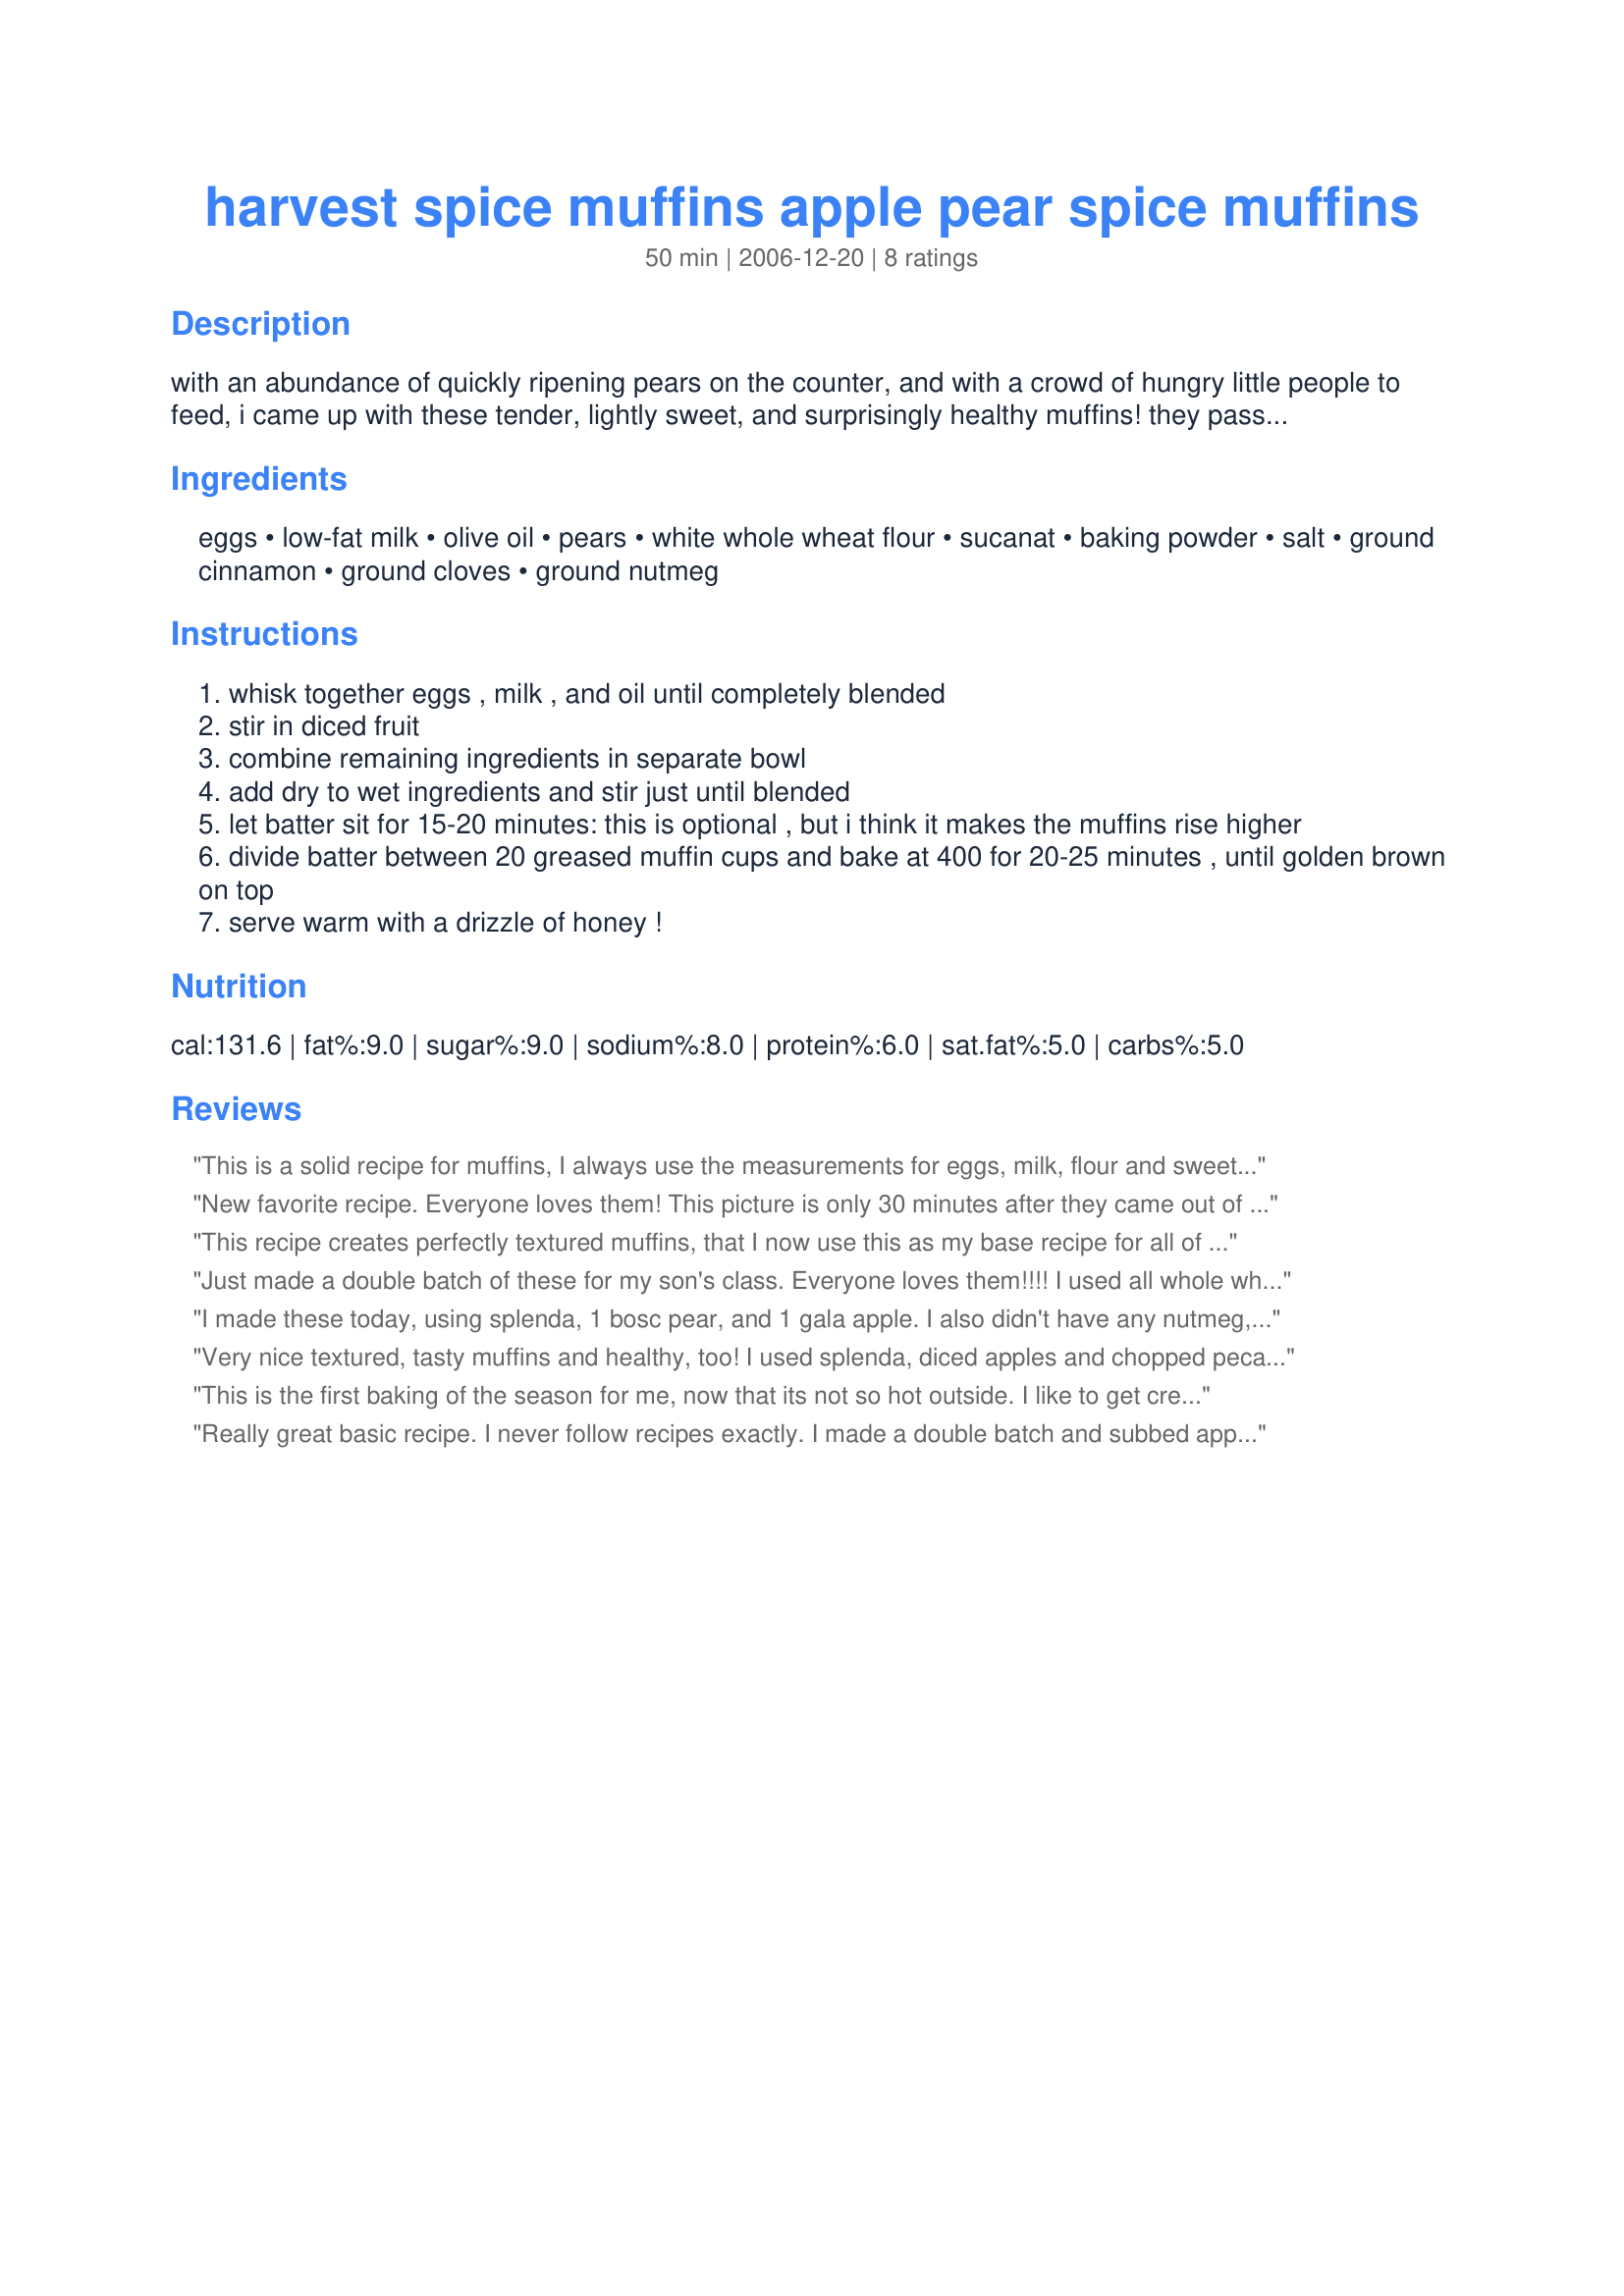
harvest spice muffins apple pear spice muffins
Preparation time: 50 minutes

with an abundance of quickly ripening pears on the counter, and with a crowd of hungry little people to feed, i came up with these tender, lightly sweet, and surprisingly healthy muffins! they passed the picky sibling test with flying colors. i modified a basic apple muffin recipe from a pennyslvania bed and breakfast, making changes to make the muffins healthier and more unique. i hope you like them too! i used a mixture of apples and pears (two small bartlett pears and one very small pink lady apple), but you could use just apples if that's all you have available. i also used white whole wheat flour (ground from white wheat), which is lighter than regular whole wheat (ground from red wheat). it has the exact same nutritional value but is not as strong-flavored or "heavy," so try it if you can find it!

Ingredients:
eggs, low-fat milk, olive oil, pears, white whole wheat flour, sucanat, baking powder, salt, ground cinnamon, ground cloves, ground nutmeg

Steps:
whisk together eggs , milk , and oil until completely blended
stir in diced fruit
combine remaining ingredients in separate bowl
add dry to wet ingredients and stir just until blended
let batter sit for 15-20 minutes: this is optional , but i think it makes the muffins rise higher
divide batter between 20 greased muffin cups and bake at 400 for 20-25 minutes , until golden brown on top
serve warm with a drizzle of honey !

Reviews:
This is a solid recipe for muffins, I always use the measurements for eggs, milk, flour and sweetener to get the right consistency then add in any ingredients after that depending on personal preference (even the milk can be swapped for fruit juice, coffee or any other liquid you'd like to try)
New favorite recipe. Everyone loves them! This picture is only 30 minutes after they came out of the oven.
This recipe creates perfectly textured muffins, that I now use this as my base recipe for all of my flavored muffins! They rise high, and are so deliciously moist, even when I use apple sauce in place of oil (can't even tell the difference!). Kudos!
Just made a double batch of these for my son's class. Everyone loves them!!!! I used all whole wheat flour and all granny smith apples from our tree. Yum!!!
I made these today, using splenda, 1 bosc pear, and 1 gala apple. I also didn't have any nutmeg, so I added extra cinnamon. They came out with a nice, Fall flavor. I did find them to be a little bland, but perhaps that was because of the nutmeg. Either way, I liked them a lot. And I am so pleased that they are healthy muffins! Good recipe! I will continue to play with this one!
Very nice textured, tasty muffins and healthy, too! I used splenda, diced apples and chopped pecans.
These are delicious with a cup of coffee for breakfast or anytime!
Thanks, Carole in Orlando
This is the first baking of the season for me, now that its not so hot outside. I like to get creative and took great liberty in doing so with this easy recipe. I used unbleached flour, sugar, half butter and half oil, and very juicy pears (two), adding a struedel topping made from chopped walnut, brown sugar, wheat germ, one envelope of hot Apple cider mix and butter. I left the struedel off three to compare, and I must say it was much better with than without. Some of the walnuts did get too done, otherwise they were very tasty! (I also forgot to adjust the temp down by 25 degrees for the dark pans,until halfway through.)
Really great basic recipe. I never follow recipes exactly. I made a double batch and subbed apple sauce for the oil, 2 cups of oatmeal for 2 cups of the flour and used half splenda and half brown sugar splenda. Also used regular whole wheat flour and added a bit of gluten to help it rise. The end result was some of the best muffins I've tasted in ages. Really moist and amazing. The ratios from this recipe are perfect to "steal" and turn it into your own.
